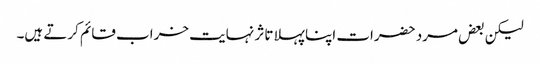
لیکن بعض مرد حضرات اپنا پہلا تاثر نہایت خراب قائم کرتے ہیں۔